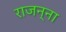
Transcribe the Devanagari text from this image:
राजन्ना